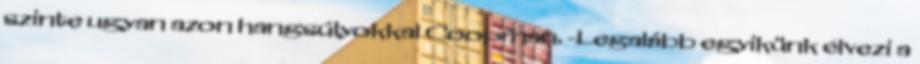
szinte ugyan azon hangsúlyokkal Coopman. -Legalább egyikünk élvezi a